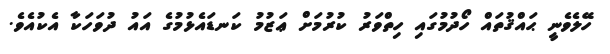
ހޭލެވެނީ ޙައްޤުތައް ހޯދުމުގައި ހިތްވަރު ކުރުމަށް ޢަޒުމު ކަނޑައެޅުމުގެ އައު ދުވަހަކާ އެކުއެވެ.